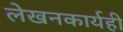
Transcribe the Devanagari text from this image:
लेखनकार्यही